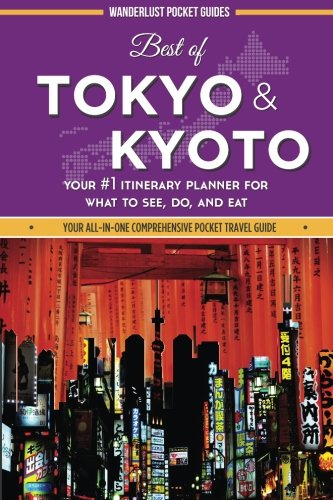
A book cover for Best of Tokyo and Kyoto: Your #1 Itinerary Planner for What to See, Do, and Eat in Tokyo and Kyoto, Japan; Wanderlust Pocket Guides; Travel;